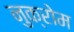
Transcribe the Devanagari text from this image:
नुक्रोम